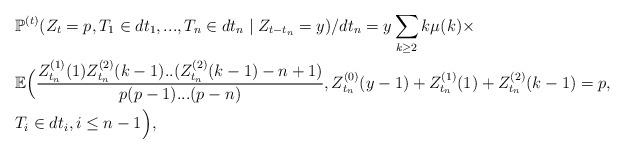
LaTeX: \begin{align*}&\mathbb P^{(t)}(Z_t=p, T_1\in dt_1, ..., T_n\in dt_n\mid Z_{t-t_n}= y)/ dt_n= y \sum_{k\geq 2} k\mu (k)\times \\&\mathbb E \Big( \frac{Z_{t_n}^{(1)}(1)Z_{t_n}^{(2)}(k-1)..(Z_{t_n}^{(2)}(k-1)-n+1)}{p(p-1)...(p-n)}, Z_{t_n}^{(0)}(y-1)+Z_{t_n}^{(1)}(1)+Z_{t_n}^{(2)}(k-1)=p, \\& T_i\in dt_i, i\leq n-1 \Big),\end{align*}